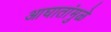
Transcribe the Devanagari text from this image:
आघातांमुळे